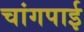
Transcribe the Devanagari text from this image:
चांगपाई